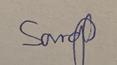
Signature authenticity: genuine